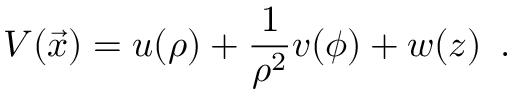
V ( \vec { x } ) = u ( \rho ) + { \frac { 1 } { \rho ^ { 2 } } } v ( \phi ) + w ( z ) \enspace .